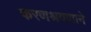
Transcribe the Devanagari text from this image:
करणश्रवणाने